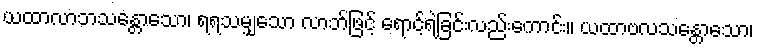
ယထာလာဘသန္တောသော၊ ရရသမျှသော လာဘ်ဖြင့် ရောင့်ရဲခြင်းလည်းကောင်း။ ယထာဗလသန္တောသော၊